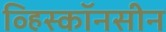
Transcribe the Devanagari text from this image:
व्हिस्कॉनसीन